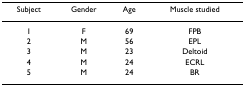
<table><thead><tr><td><b>Subject</b></td><td><b>Gender</b></td><td><b>Age</b></td><td><b>Muscle studied</b></td></tr></thead><tbody><tr><td>1</td><td>F</td><td>69</td><td>FPB</td></tr><tr><td>2</td><td>M</td><td>56</td><td>EPL</td></tr><tr><td>3</td><td>M</td><td>23</td><td>Deltoid</td></tr><tr><td>4</td><td>M</td><td>24</td><td>ECRL</td></tr><tr><td>5</td><td>M</td><td>24</td><td>BR</td></tr></tbody></table>